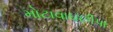
મોટાવાઘછીપા